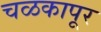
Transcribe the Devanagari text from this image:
चळकापूर